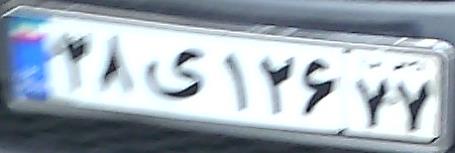
۲۸ی۱۲۶۷۷